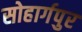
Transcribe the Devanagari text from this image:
सोहार्गपुर